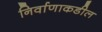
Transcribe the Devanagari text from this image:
निर्वाणाकडील